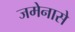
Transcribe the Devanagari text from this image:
जमेनासे